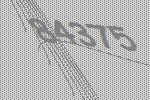
84375